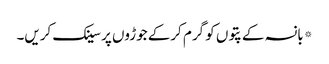
*بانسہ کے پتوں کو گرم کرکے جوڑوں پر سینک کریں۔